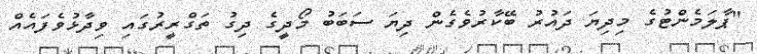
"ޕާލަމެންްޓުގެ މިދިޔަ ދައުރު ބޭކާރުވެގެން ދިޔަ ސަބަބު މޯދީގެ ދިގު ތަގްރީރުގައި ވިދާޅުވެފައެއް